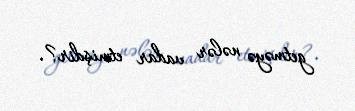
getməyə nələr vadar etmişdir?.